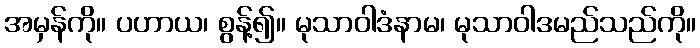
အမှန်ကို။ ပဟာယ၊ စွန့်၍။ မုသာဝါဒံနာမ၊ မုသာဝါဒမည်သည်ကို။